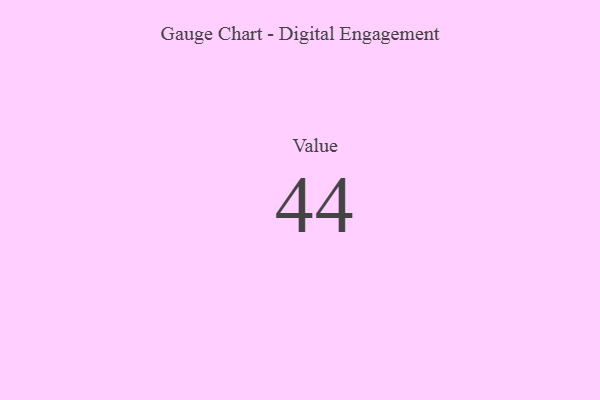
{"axis": {"x": "Metric", "y": "Value"}, "legend": [""], "data": [{"x": "Value", "y": 44, "type": ""}]}